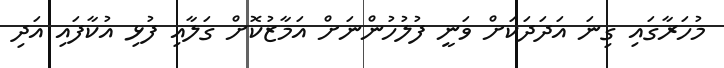
މުހަރާގައި ގިނަ އަދަދަކަށް ވަނީ ފުލުހުންނަށް އަމާޒުކޮށް ގަލާއި ފުޅި އުކާފައި އަދި